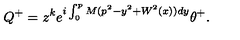
Q ^ { + } = z ^ { k } e ^ { i \int _ { 0 } ^ { p } M ( p ^ { 2 } - y ^ { 2 } + W ^ { 2 } ( x ) ) d y } \theta ^ { + } .